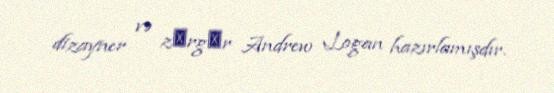
dizayner və zәrgәr Andrew Logan hazırlamışdır.